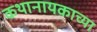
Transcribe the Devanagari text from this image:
कथानायकाच्या